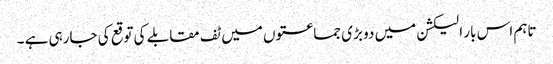
تاہم اس بار الیکشن میں دو بڑی جماعتوں میں ٹف مقابلے کی توقع کی جارہی ہے ۔